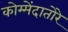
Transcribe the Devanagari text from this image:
कोम्मेंदातोरे